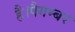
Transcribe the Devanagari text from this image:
है।पैगम्बर